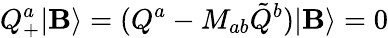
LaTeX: Q_{+}^{a}|\mathbf{B}\rangle=(Q^{a}-M_{ab}\tilde{{Q}}^{b})|\mathbf{B}\rangle=0